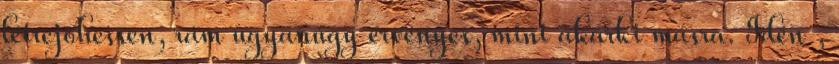
létrejöhessen, rám ugyanúgy érvényes, mint akárki másra. Idén ,